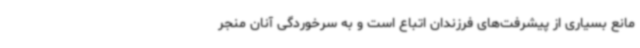
مانع بسیاری از پیشرفت‌های فرزندان اتباع است و به سرخوردگی آنان منجر